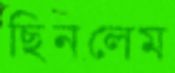
ছিনলেম